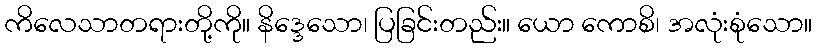
ကိလေသာတရားတို့ကို။ နိဒ္ဒေသော၊ ပြခြင်းတည်း။ ယော ကောစိ၊ အလုံးစုံသော။